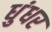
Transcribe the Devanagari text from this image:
धुंधर